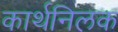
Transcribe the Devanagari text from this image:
कार्थनिलक